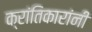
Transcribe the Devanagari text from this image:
क्रांतिकारांनी